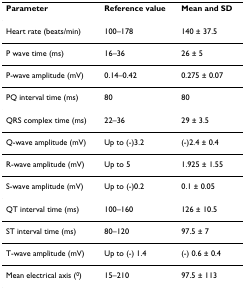
| Parameter | Reference value | Mean and SD |
 | --- | --- | --- |
 | Heart rate (beats/min) | 100–178 | 140 ± 37.5 |
 | P wave time (ms) | 16–36 | 26 ± 5 |
 | P-wave amplitude (mV) | 0.14–0.42 | 0.275 ± 0.07 |
 | PQ interval time (ms) | 80 | 80 |
 | QRS complex time (ms) | 22–36 | 29 ± 3.5 |
 | Q-wave amplitude (mV) | Up to (-)3.2 | (-)2.4 ± 0.4 |
 | R-wave amplitude (mV) | Up to 5 | 1.925 ± 1.55 |
 | S-wave amplitude (mV) | Up to (-)0.2 | 0.1 ± 0.05 |
 | QT interval time (ms) | 100–160 | 126 ± 10.5 |
 | ST interval time (ms) | 80–120 | 97.5 ± 7 |
 | T-wave amplitude (mV) | Up to (-) 1.4 | (-) 0.6 ± 0.4 |
 | Mean electrical axis (0) | 15–210 | 97.5 ± 113 |